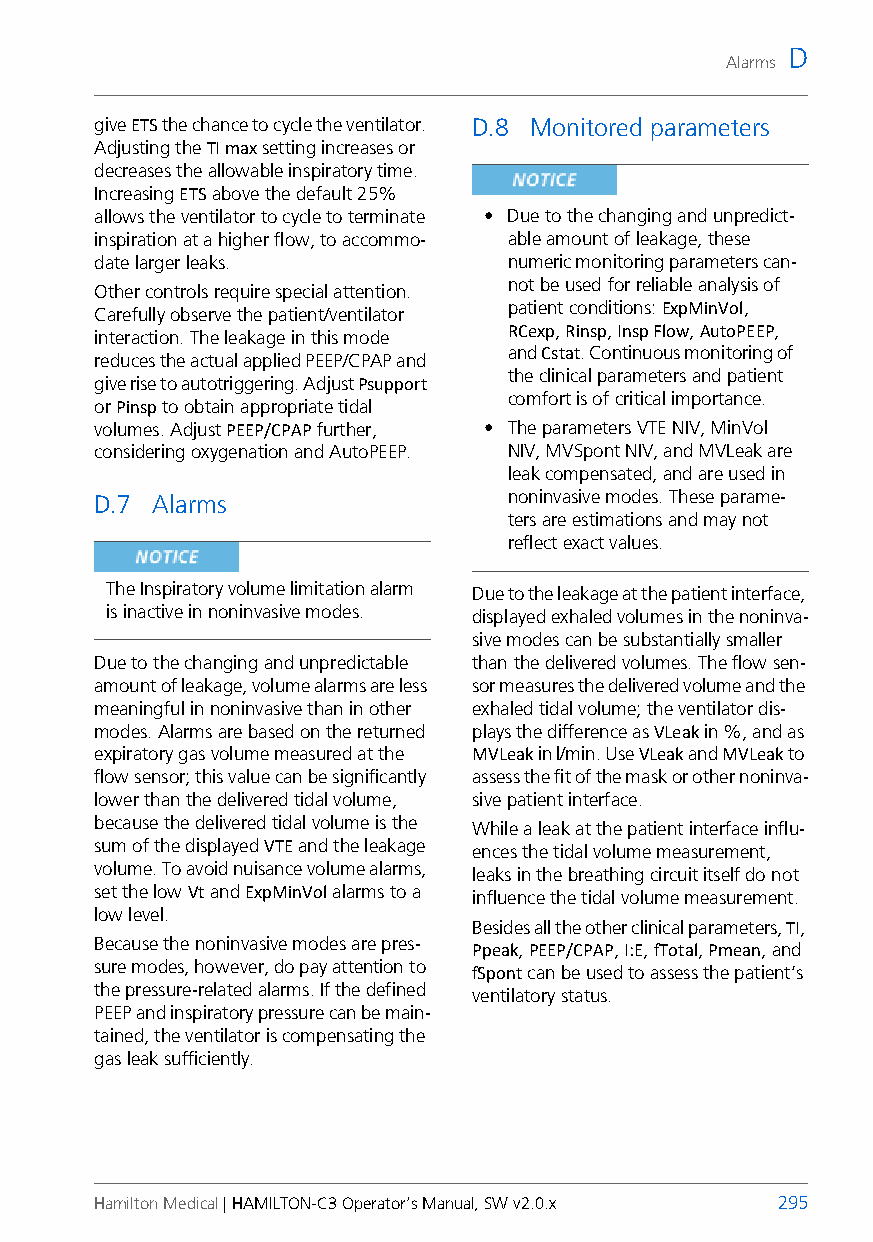
D
 Alarms
 give ETS the chance to cycle the ventilator. D.8 Monitored parameters
 Adjusting the TI max setting increases or
 decreases the allowable inspiratory time.
 Increasing ETS above the default 25%
 allows the ventilator to cycle to terminate • Due to the changing and unpredict-
 inspiration at a higher flow, to accommo- able amount of leakage, these
 date larger leaks.          numeric monitoring parameters can-
 not be used for reliable analysis of
 Other controls require special attention.
 patient conditions: ExpMinVol,
 Carefully observe the patient/ventilator
 RCexp, Rinsp, Insp Flow, AutoPEEP,
 interaction. The leakage in this mode
 and Cstat. Continuous monitoring of
 reduces the actual applied PEEP/CPAP and
 the clinical parameters and patient
 give rise to autotriggering. Adjust Psupport
 comfort is of critical importance.
 or Pinsp to obtain appropriate tidal
 volumes. Adjust PEEP/CPAP further, • The parameters VTE NIV, MinVol
 considering oxygenation and AutoPEEP. NIV, MVSpont NIV, and MVLeak are
 leak compensated, and are used in
 D.7 Alarms                  noninvasive modes. These parame-
 ters are estimations and may not
 reflect exact values.
 The Inspiratory volume limitation alarm Due to the leakage at the patient interface,
 is inactive in noninvasive modes. displayed exhaled volumes in the noninva-
 sive modes can be substantially smaller
 Due to the changing and unpredictable than the delivered volumes. The flow sen-
 amount of leakage, volume alarms are less sor measures the delivered volume and the
 meaningful in noninvasive than in other exhaled tidal volume; the ventilator dis-
 modes. Alarms are based on the returned plays the difference as VLeak in %, and as
 expiratory gas volume measured at the MVLeak in l/min. Use VLeak and MVLeak to
 flow sensor; this value can be significantly assess the fit of the mask or other noninva-
 lower than the delivered tidal volume, sive patient interface.
 because the delivered tidal volume is the While a leak at the patient interface influ-
 sum of the displayed VTE and the leakage ences the tidal volume measurement,
 volume. To avoid nuisance volume alarms, leaks in the breathing circuit itself do not
 set the low Vt and ExpMinVol alarms to a influence the tidal volume measurement.
 low level.
 Besides all the other clinical parameters, TI,
 Because the noninvasive modes are pres- Ppeak, PEEP/CPAP, I:E, fTotal, Pmean, and
 sure modes, however, do pay attention to fSpont can be used to assess the patient’s
 the pressure-related alarms. If the defined ventilatory status.
 PEEP and inspiratory pressure can be main-
 tained, the ventilator is compensating the
 gas leak sufficiently.
 Hamilton Medical | HAMILTON-C3 Operator’s Manual, SW v2.0.x 295